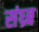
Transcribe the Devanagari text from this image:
संध्र्ब